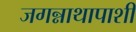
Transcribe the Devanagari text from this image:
जगन्नाथापाशी